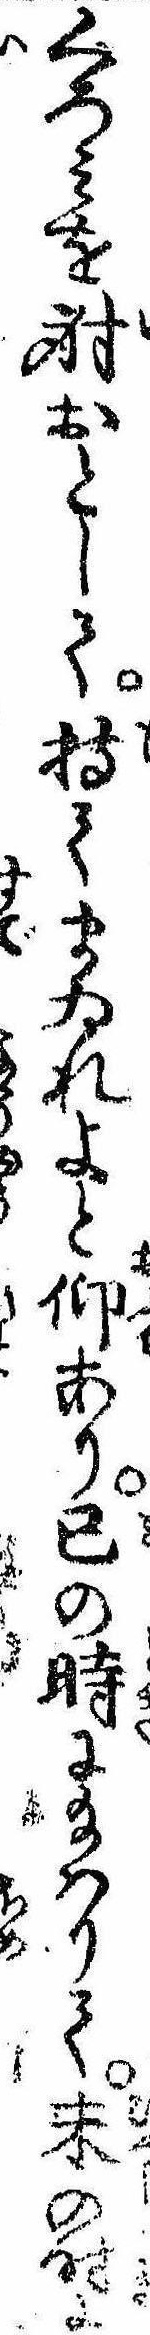
くろみを射おとして持てまゐれよと仰あり巳の時に給はりて未の時に